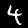
Label: 4